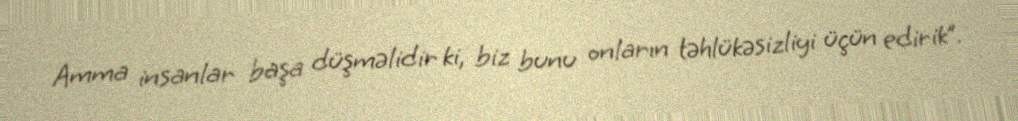
Amma insanlar başa düşməlidir ki, biz bunu onların təhlükəsizliyi üçün edirik”.